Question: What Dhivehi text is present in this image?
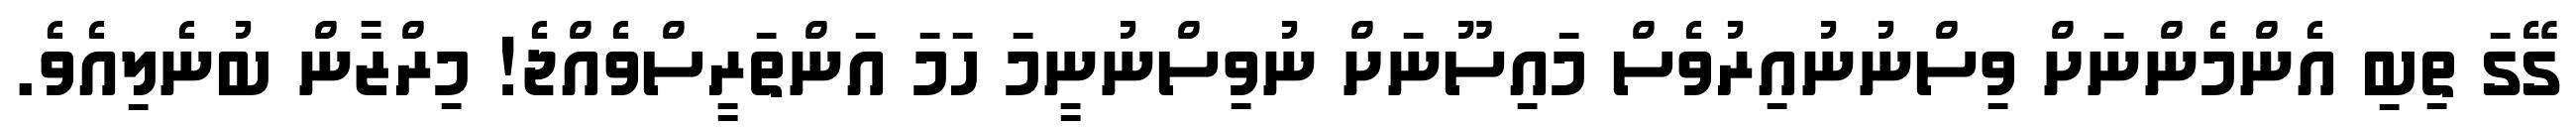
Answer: ގޭގަ ތިބި އެންމެންނަށް ވިސްނުނުއިރުވެސް މައިސޫނަށް ނުވިސްނުނީމަ ހަމަ އަންތަރީސްވެއްޖެ! މިރްޒާން ބުނެލިއެވެ.